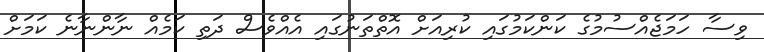
ވިސާ ހަމަޖެއްސުމުގެ ކަންކަމުގައި ކުރިއަށް އޮތްތަނުގައި އެއްވެސް ދަތި ކަމެއް ނާންނާނެ ކަމަށް